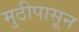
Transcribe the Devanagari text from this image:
मुठीपासून